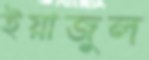
ইয়াজুল